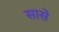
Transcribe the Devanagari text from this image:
सासे